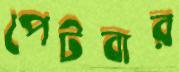
পেটবার